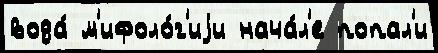
вода́ м'ифоло́г'иjи нача́л'е попал'и